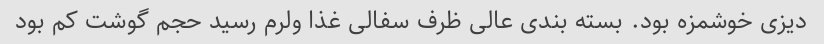
دیزی خوشمزه بود. بسته بندی عالی ظرف سفالی غذا ولرم رسید حجم گوشت کم بود